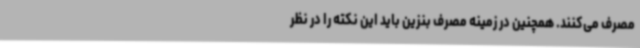
مصرف می‌کنند. همچنین در زمینه مصرف بنزین باید این نکته را در نظر